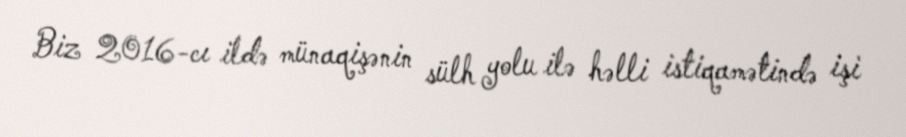
Biz 2016-cı ildə münaqişənin sülh yolu ilə həlli istiqamətində işi